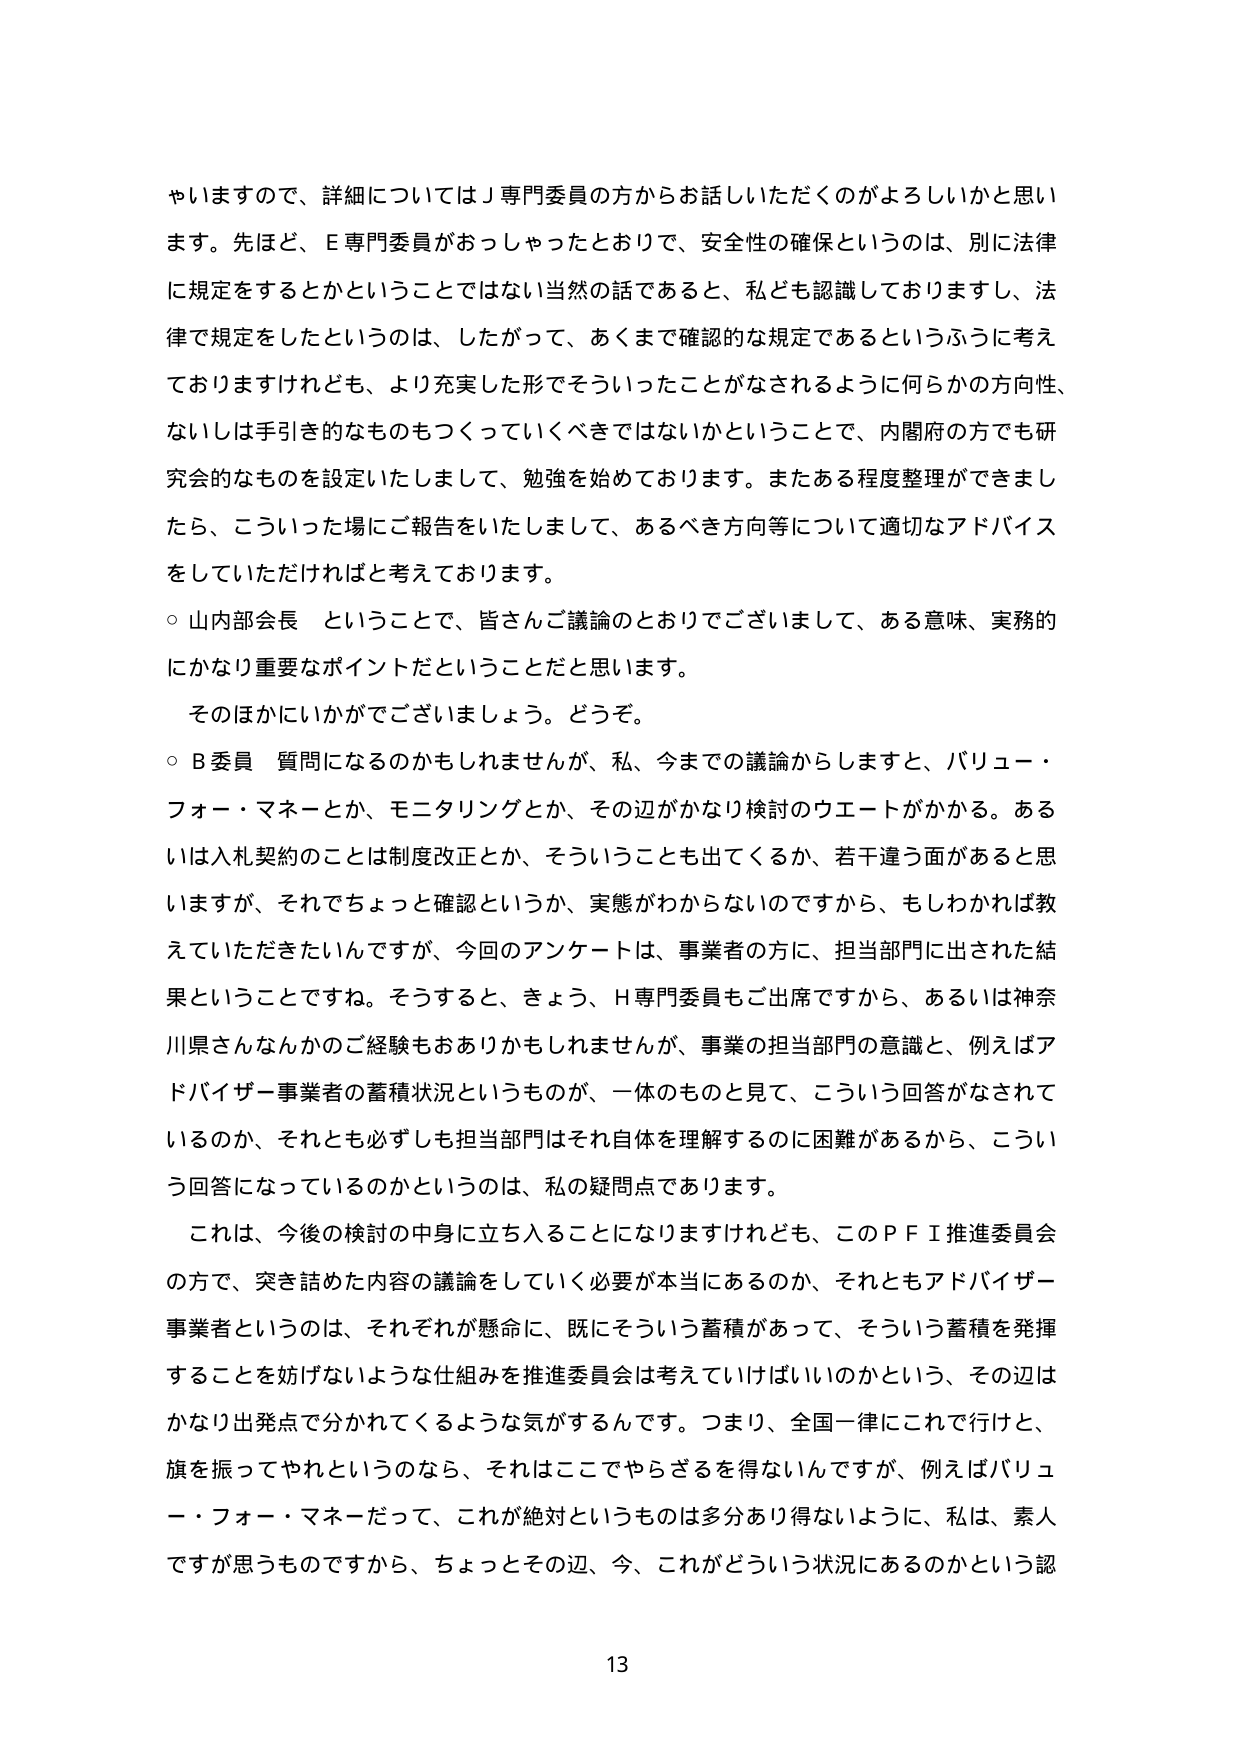
やいますので、詳細についてはＪ専門委員の方からお話しいただくのがよろしいかと思います。先ほど、Ｅ専門委員がおっしゃったとおりで、安全性の確保というのは、別に法律に規定をするとかということではない当然の話であると、私ども認識しておりますし、法律で規定をしたというのは、したがって、あくまで確認的な規定であるというふうに考えておりますけれども、より充実した形でそういったことがなされるように何らかの方向性、ないしは手引き的なものもつくっていくべきではないかということで、内閣府の方でも研究会的なものを設定いたしまして、勉強を始めております。またある程度整理ができましたら、こういった場にご報告をいたしまして、あるべき方向等について適切なアドバイスをしていただければと考えております。

○ 山内部会長 ということで、皆さんご議論のとおりでございまして、ある意味、実務的にかなり重要なポイントだということだと思います。

　そのほかにいかがでございましょう。どうぞ。

○ Ｂ委員 質問になるのかもしれませんが、私、今までの議論からしますと、バリュー・フォー・マネーとか、モニタリングとか、その辺がかなり検討のウエートがかかる。あるいは入札契約のことは制度改正とか、そういうことも出てくるか、若干違う面があると思いますが、それではちょっと確認というか、実態がわからないのですから、もしかければ教えていただきたいんですが、今回のアンケートは、事業者の方に、担当部門に出された結果ということですね。そうすると、きょう、Ｈ専門委員もご出席ですから、あるいは神奈川県さんなんかのご経験もおありかもしれませんが、事業の担当部門の意識と、例えばアドバイザー事業者の蓄積状況というものが、一体のものと見て、こういう回答がなされているのか、それとも必ずしも担当部門はそれ自体を理解するのに困難があるから、こういう回答になっているのかというのは、私の疑問点であります。

　これは、今後の検討の中身に立ち入ることになりますけれども、このＰＦＩ推進委員会の方で、突き詰めた内容の議論をしていく必要が本当にあのか、それともアドバイザー事業者というのは、それぞれが懸命に、既にそういう蓄積があって、そういう蓄積を発揮することを妨げないような仕組みを推進委員会は考えていけばいいのかという、その辺はかなり出発点で分かれてくるような気がするんです。つまり、全国一律にこれで行けと、旗を振ってやれというのなら、それはここでやらざるを得ないんですが、例えばバリュー・フォー・マネーだって、これが絶対というものとは多分あり得ないように、私は、素人ですが思うものですから、ちょっとその辺、今、これがどういう状況にあるのかという認

13